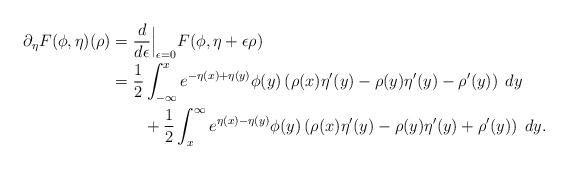
LaTeX: \begin{align*}\partial_\eta F(\phi,\eta)(\rho)&=\frac{d}{d\epsilon}\Big|_{\epsilon=0}F(\phi,\eta+\epsilon \rho)\\&=\frac{1}{2}\int_{-\infty}^xe^{-\eta(x)+\eta(y)}\phi(y)\left(\rho(x)\eta'(y)-\rho(y)\eta'(y)-\rho'(y)\right)\;dy\\&\qquad+\frac{1}{2}\int_{x}^{\infty}e^{\eta(x)-\eta(y)}\phi(y)\left(\rho(x)\eta'(y)-\rho(y)\eta'(y)+\rho'(y)\right)\;dy.\end{align*}